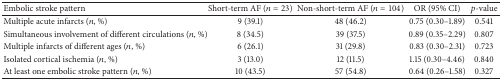
| Embolic stroke pattern | Short-term AF (n = 23) | Non-short-term AF (n = 104) | OR (95% CI) | p-value |
 | --- | --- | --- | --- | --- |
 | Multiple acute infarcts (n, %) | 9 (39.1) | 48 (46.2) | 0.75 (0.30–1.89) | 0.541 |
 | Simultaneous involvement of different circulations (n, %) | 8 (34.5) | 39 (37.5) | 0.89 (0.35–2.29) | 0.807 |
 | Multiple infarcts of different ages (n, %) | 6 (26.1) | 31 (29.8) | 0.83 (0.30–2.31) | 0.723 |
 | Isolated cortical ischemia (n, %) | 3 (13.0) | 12 (11.5) | 1.15 (0.30–4.46) | 0.840 |
 | At least one embolic stroke pattern (n, %) | 10 (43.5) | 57 (54.8) | 0.64 (0.26–1.58) | 0.327 |